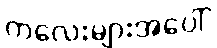
ကလေးများအပေါ်